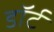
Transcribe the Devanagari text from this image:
डॉर्ट